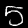
Label: 5